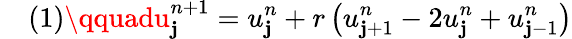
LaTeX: \quad(1)\qquadu_{\mathbf{j}}^{n+1}=u_{\mathbf{j}}^{n}+r\left(u_{\mathbf{j}+1}^{n}-2u_{\mathbf{j}}^{n}+u_{\mathbf{j}-1}^{n}\right)